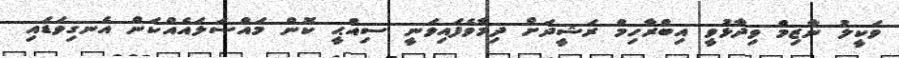
ވަކީލު ނާޒިމް ވިދާޅުވީ އިބްރާހިމް ރަޝީދަށް ދިމާވެފައިވަނީ ސިއްޙީ ކޮން މައްސަލައެއްކަން އެނގިވަޑައި